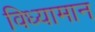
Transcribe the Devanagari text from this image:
विध्यामान